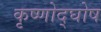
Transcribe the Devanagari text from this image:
कृष्णोद्घोष